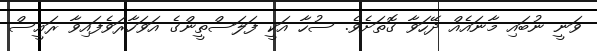
ވަނީ ނުބައި މާނައެއް ދޭހަވާ ގޮތަށެވެ. ސުހާ އަކީ ފަލަސްތީންގެ އަވަހާރަވެފައިވާ ރައީސް